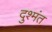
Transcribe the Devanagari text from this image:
दुश्मंत